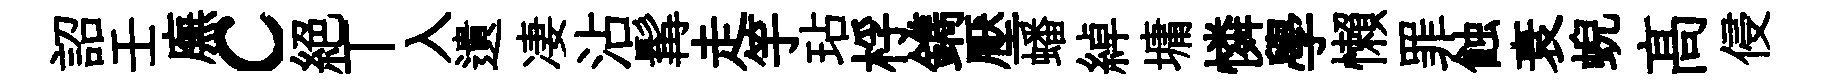
詔壬廡c絶丅入遺凄沾髯走竽玷桴鐫壓蟠綽墉憐學懶罪蝕衰蜺髙侵